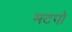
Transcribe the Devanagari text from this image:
मटपो